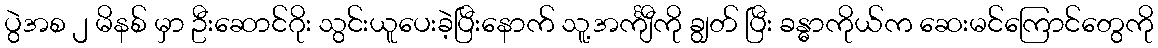
ပွဲအစ ၂ မိနစ် မှာ ဦးဆောင်ဂိုး သွင်းယူပေးခဲ့ပြီးနောက် သူ့အင်္ကျီကို ချွတ် ပြီး ခန္ဓာကိုယ်က ဆေးမင်ကြောင်တွေကို